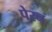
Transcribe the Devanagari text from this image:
पेरन